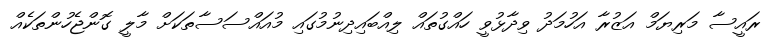
ރައީސާ މަރިޔަމް އަޒުރާ އަހުމަދު ވިދާޅުވީ ހައްގުތައް ލިއްބައިދިނުމުގައި މުއައްސަސާތަކަށް މާލީ ގޮންޖެހުންތަކެއް